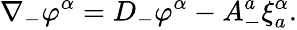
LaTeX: \nabla_{-}\varphi^{\alpha}=D_{-}\varphi^{\alpha}-A_{-}^{a}\xi_{a}^{\alpha}.